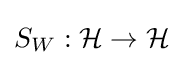
S_{W}:{\mathcal {H}}\rightarrow {\mathcal {H}}